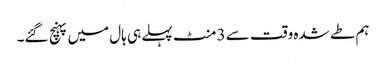
ہم طے شدہ وقت سے 3 منٹ پہلے ہی ہال میں پہنچ گئے۔